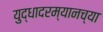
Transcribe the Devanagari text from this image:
युद्धादरम्यानच्या